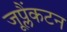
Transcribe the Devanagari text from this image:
जूप्लैंकटन